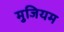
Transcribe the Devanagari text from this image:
मुजियम